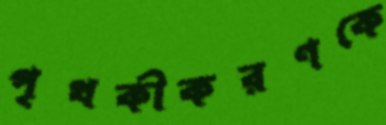
পৃথকীকরণকে